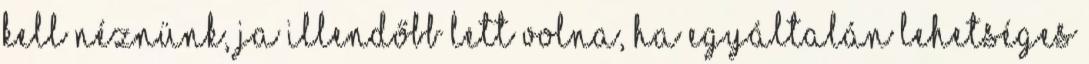
kell néznünk, ja illendőbb lett volna, ha egyáltalán lehetséges